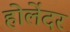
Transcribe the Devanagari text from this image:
होलेंदर